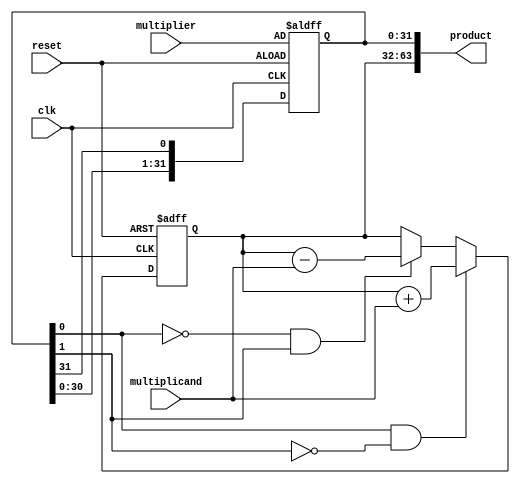
module booth_multiplier(
  input clk,
  input reset,
  input signed [31:0] multiplicand,
  input signed [31:0] multiplier,
  output signed [63:0] product
);

  reg signed [31:0] A;
  reg signed [31:0] S;

  always @(posedge clk or negedge reset) begin
    if (!reset) begin
      A <= 32'b0;
      S <= {multiplier[31], multiplier};
    end else begin
      if (S[0] && !S[1]) begin
        A <= A + multiplicand;
      end else if (!S[0] && S[1]) begin
        A <= A - multiplicand;
      end
      S <= {S[30:0], S[31]};
    end
  end

  assign product = {A, S};

endmodule